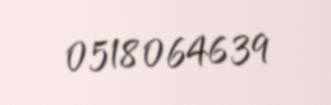
0518064639